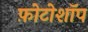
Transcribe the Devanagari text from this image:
फ़ोटोशॉप